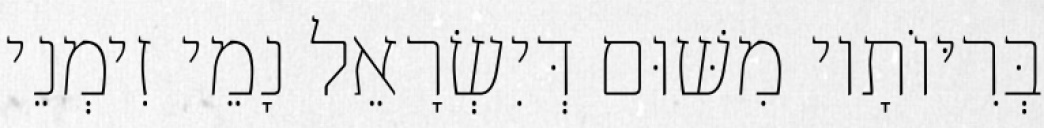
בְּרִיּוֹתָיו מִשּׁוּם דְּיִשְׂרָאֵל נָמֵי זִימְנֵי